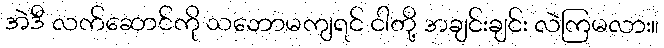
အဲဒီ လက်ဆောင်ကို သဘောမကျရင် ငါတို့ အချင်းချင်း လဲကြမလား။